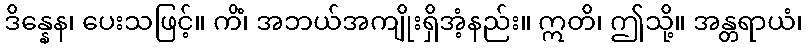
ဒိန္နေန၊ ပေးသဖြင့်။ ကိံ၊ အဘယ်အကျိုးရှိအံ့နည်း။ ဣတိ၊ ဤသို့။ အန္တရာယံ၊